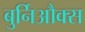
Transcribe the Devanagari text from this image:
बुर्निऔक्स